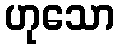
ဟုသော